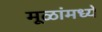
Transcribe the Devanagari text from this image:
मूळांमध्ये